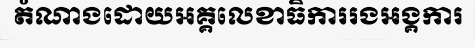
តំណាងដោយអគ្គលេខាធិការរងអង្គការ